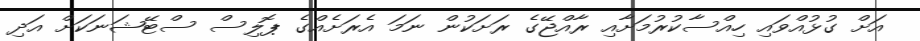
އަށް ގުޅުއްވައި ހިއްސާކުރުމަށާއި ރާއްޖޭގެ ރަށަކުން ނަމަ އެރަށެއްގެ ޕޮލިސް ސްޓޭޝަނަކަށް އަދި